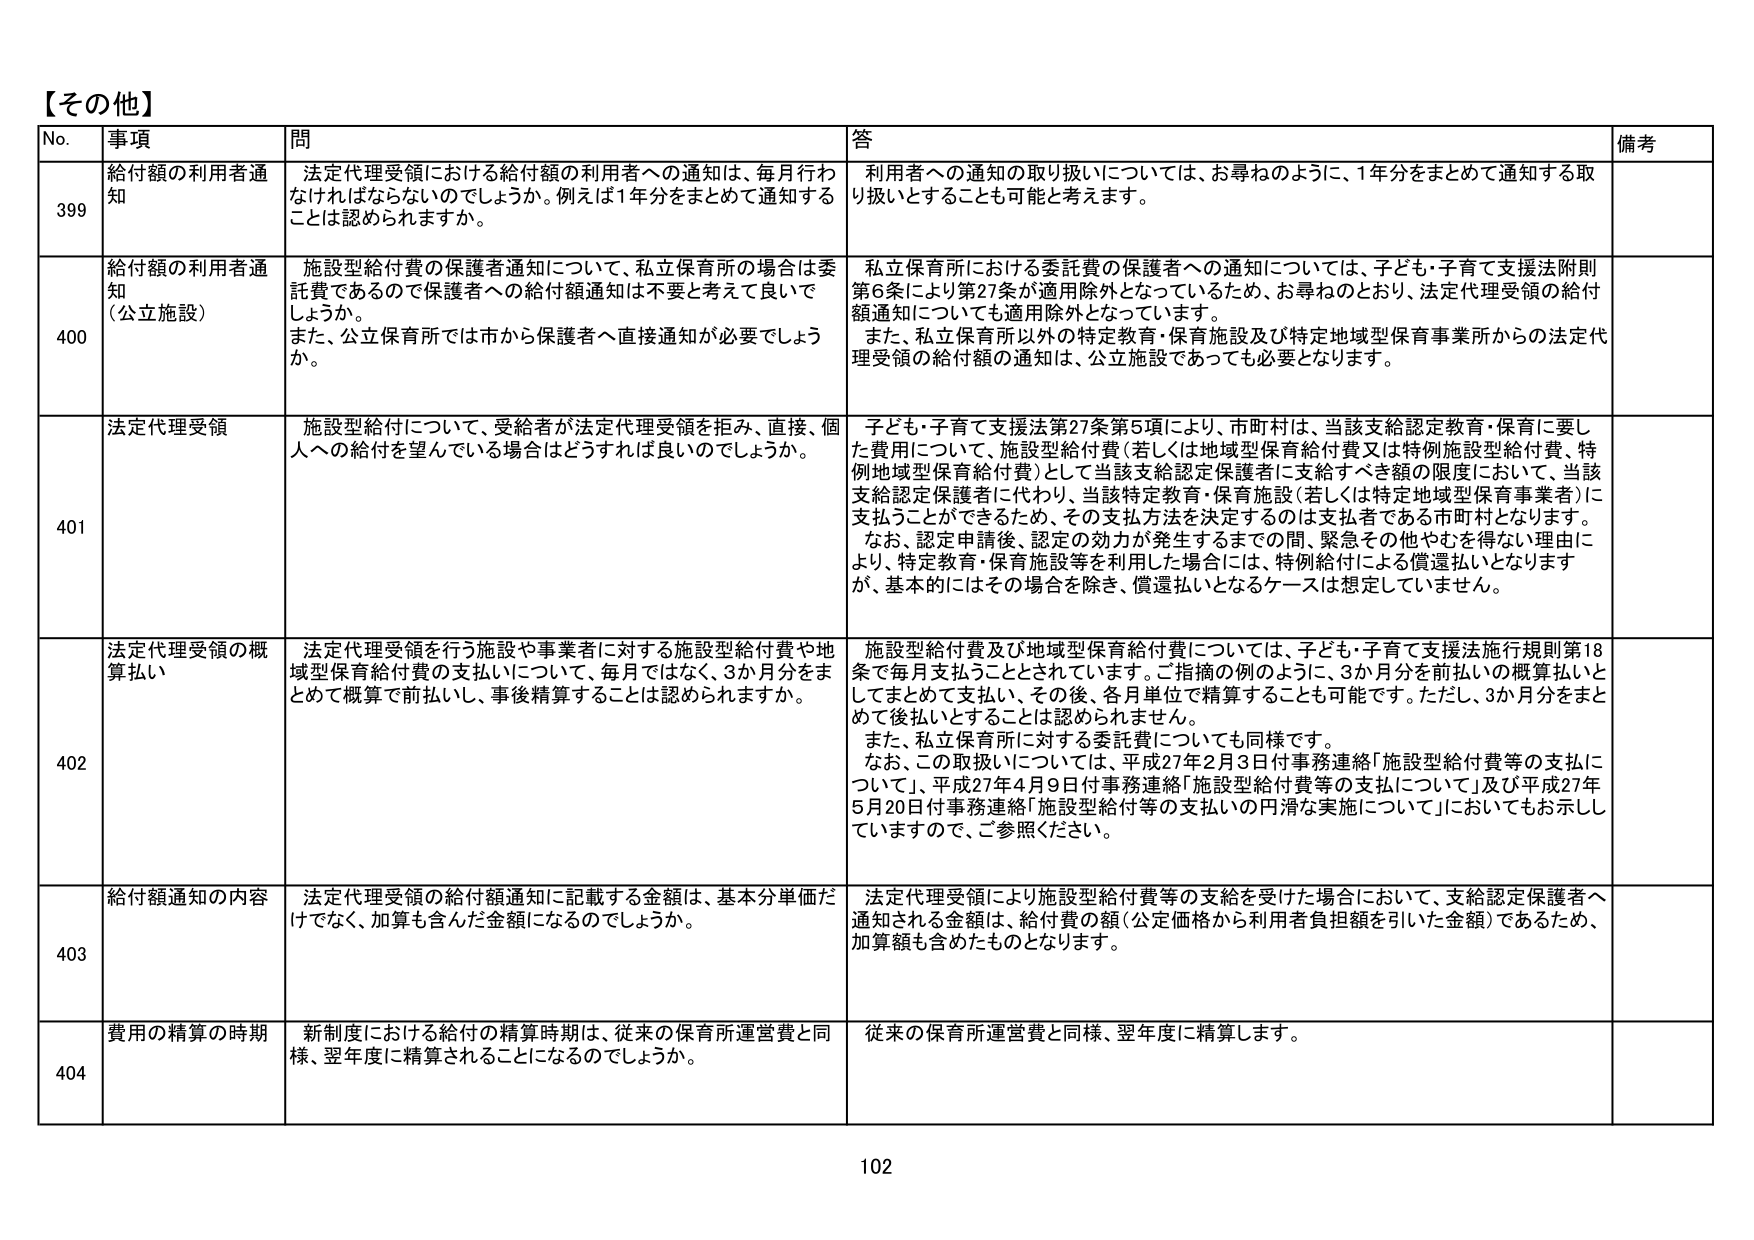
【その他】

No. 事項 問 答 備考

399 給付額の利用者通知 法定代理受領における給付額の利用者への通知は、毎月行わなければならないのでしょうか。例えば1年分をまとめて通知することは認められますか。 利用者への通知の取り扱いについては、お尋ねのように、1年分をまとめて通知する取り扱いとすることも可能と考えます。

400 給付額の利用者通知（公立施設） 施設型給付費の保護者通知について、私立保育所の場合は委託費であるので保護者への給付額通知は不要と考えて良いでしょうか。また、公立保育所では市から保護者へ直接通知が必要でしょうか。 私立保育所における委託費の保護者への通知については、子ども・子育て支援法附則第6条により第27条が適用除外となっているため、お尋ねのとおり、法定代理受領の給付額通知についても適用除外となっています。また、私立保育所以外の特定教育・保育施設及び特定地域型保育事業所からの法定代理受領の給付額の通知は、公立施設であっても必要となります。

401 法定代理受領 施設型給付について、受給者が法定代理受領を拒み、直接、個人への給付を望んでいる場合はどうすれば良いのでしょうか。 子ども・子育て支援法第27条第5項により、市町村は、当該支給認定教育・保育に要した費用について、施設型給付費（若しくは地域型保育給付費又は特例施設型給付費、特例地域型保育給付費）として当該支給認定保護者に支給すべき額の限度において、当該支給認定保護者に代わり、当該特定教育・保育施設（若しくは特定地域型保育事業者）に支払うことができるため、その支払方法を決定するのは支払者である市町村となります。なお、認定申請後、認定の効力が発生するまでの間、緊急その他やむを得ない理由により、特定教育・保育施設等を利用した場合には、特例給付による償還払いとなりますが、基本的にはその場合を除き、償還払いとなるケースは想定していません。

402 法定代理受領の概算払い 法定代理受領を行う施設や事業者に対する施設型給付費や地域型保育給付費の支払いについて、毎月ではなく、3か月分をまとめて概算で前払いし、事後精算することは認められますか。 施設型給付費及び地域型保育給付費については、子ども・子育て支援法施行規則第18条で毎月支払うこととされています。ご指摘の例のように、3か月分を前払いの概算払いとしてまとめて支払い、その後、各月単位で精算することも可能です。ただし、3か月分をまとめて後払いとすることは認められません。また、私立保育所に対する委託費についても同様です。なお、この取扱いについては、平成27年2月3日付事務連絡「施設型給付費等の支払について」、平成27年4月9日付事務連絡「施設型給付費等の支払について」及び平成27年5月20日付事務連絡「施設型給付等の支払いの円滑な実施について」においてもお示ししていますので、ご参照ください。

403 給付額通知の内容 法定代理受領の給付額通知に記載する金額は、基本分単価だけでなく、加算も含んだ金額になるのでしょうか。 法定代理受領により施設型給付費等の支給を受けた場合において、支給認定保護者へ通知される金額は、給付費の額（公定価格から利用者負担額を引いた金額）であるため、加算額も含めたものとなります。

404 費用の精算の時期 新制度における給付の精算時期は、従来の保育所運営費と同様、翌年度に精算されることになるのでしょうか。 従来の保育所運営費と同様、翌年度に精算します。

102